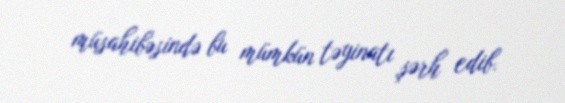
müsahibəsində bu mümkün təyinatı şərh edib.